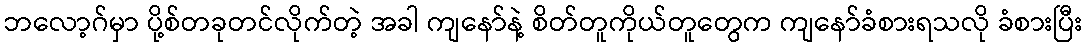
ဘလော့ဂ်မှာ ပို့စ်တခုတင်လိုက်တဲ့ အခါ ကျနော်နဲ့ စိတ်တူကိုယ်တူတွေက ကျနော်ခံစားရသလို ခံစားပြီး